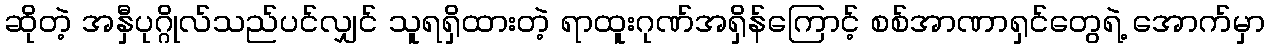
ဆိုတဲ့ အနှီပုဂ္ဂိုလ်သည်ပင်လျှင် သူရရှိထားတဲ့ ရာထူးဂုဏ်အရှိန်ကြောင့် စစ်အာဏာရှင်တွေရဲ့ အောက်မှာ